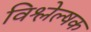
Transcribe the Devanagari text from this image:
विश्लेल्षक